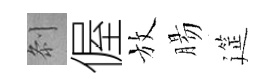
𠛴偓放腸筵